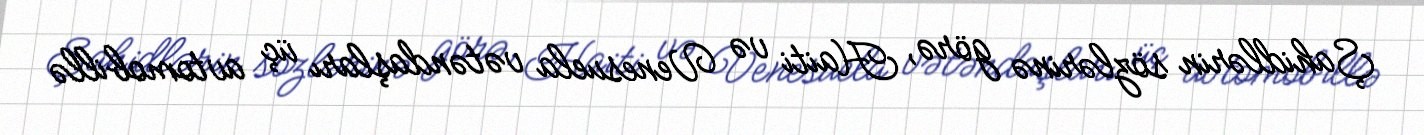
Şahidlərin sözlərinə görə, Haiti və Venesuela vətəndaşları üç avtomobillə